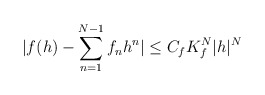
\begin{align*}|f(h) - \sum_{n=1}^{N-1} f_{n} h^{n}| \leq C_{f}K_{f}^{N} |h|^{N} \end{align*}